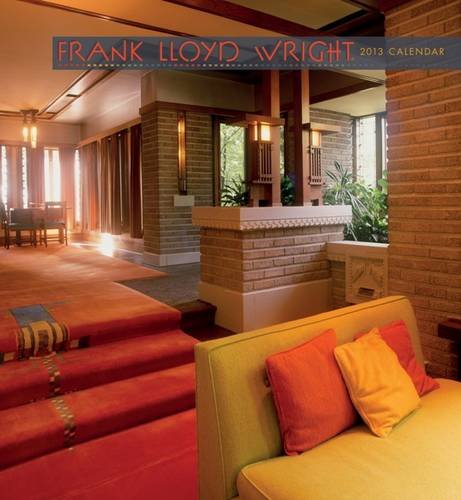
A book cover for Frank Lloyd Wright Calendar 2013; Calendars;